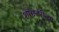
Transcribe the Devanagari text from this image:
शाश्वतरीत्या